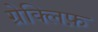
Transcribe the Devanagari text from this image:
ग्रेक्लिफ़